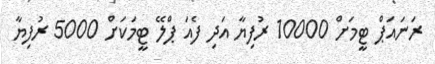
ރަނައަޕް ޓީމަށް 10000 ރުފިޔާ އަދި ފެއަ ޕްލޭ ޓީމަކަށް 5000 ރުފިޔާ